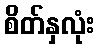
စိတ်နှလုံး